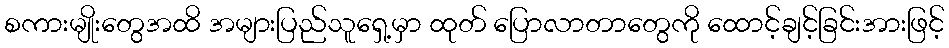
စကားမျိုးတွေအထိ အများပြည်သူရှေ့မှာ ထုတ် ပြောလာတာတွေကို ထောင့်ချင့်ခြင်းအားဖြင့်